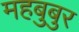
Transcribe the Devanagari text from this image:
महबुबुर